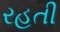
રહતી